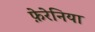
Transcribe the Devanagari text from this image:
फ़ेरेनिया